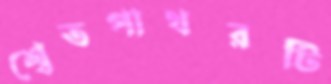
শ্বেতপাথরটি